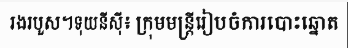
រងរបួស។ទុយនីស៊ី៖ ក្រុមមន្ត្រីរៀបចំការបោះឆ្នោត